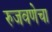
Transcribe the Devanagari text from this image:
रुजवणेचा